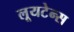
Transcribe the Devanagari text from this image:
लूयटेन्स